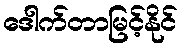
ဒေါက်တာမြင့်နိုင်